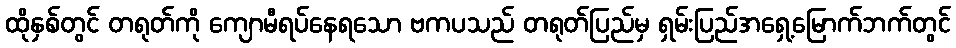
ထိုနှစ်တွင် တရုတ်ကို ကျောမီရပ်နေရသော ဗကပသည် တရုတ်ပြည်မှ ရှမ်းပြည်အရှေ့မြောက်ဘက်တွင်